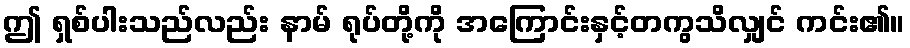
ဤ ရှစ်ပါးသည်လည်း နာမ် ရုပ်တို့ကို အကြောင်းနှင့်တကွသိလျှင် ကင်း၏။